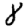
Digit: 8